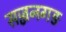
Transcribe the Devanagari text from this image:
सज्जनगङ